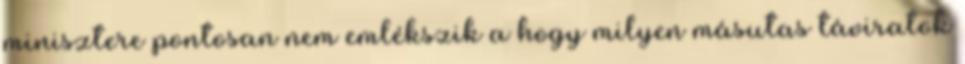
minisztere pontosan nem emlékszik a hogy milyen másutas táviratok